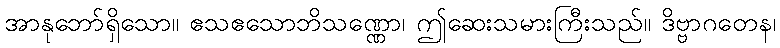
အာနုဘော်ရှိသော။ ဧသဧသောဘိသဏ္ဏော၊ ဤဆေးသမားကြီးသည်။ ဒိဗ္ဗာဂတေန၊